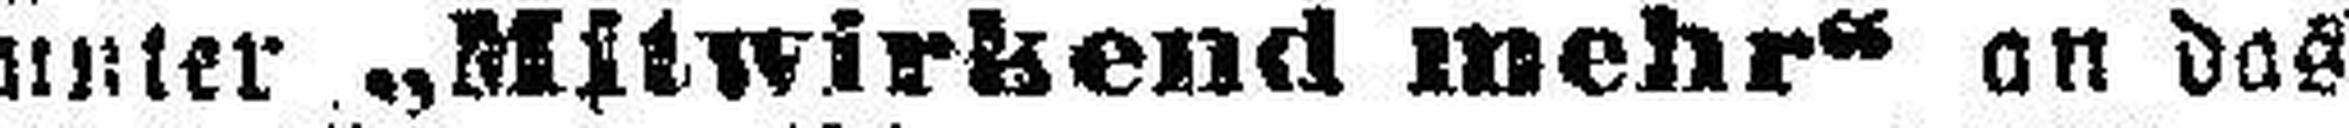
unter „Mitwirkend mehr“ an das